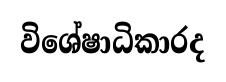
විශේෂාධිකාරද